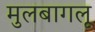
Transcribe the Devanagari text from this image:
मुलबागलू